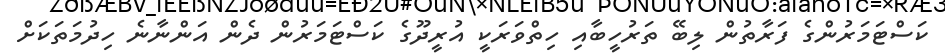
ކަސްޓަމަރުންގެ ފަރާތުން ލިބޭ ތަރުހީބާއި ހިތްވަރަކީ އުރީދޫގެ ކަސްޓަމަރުން ދެން އަންނާނެ ހިދުމަތަކަށް